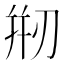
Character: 𠝵